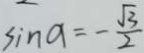
\sin a = - \frac { \sqrt { 3 } } { 2 }